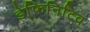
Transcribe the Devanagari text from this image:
डेफिनिटिव